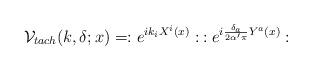
LaTeX: \begin{align*}{\cal V}_{tach}(k,\delta ;x)=:e^{ik_{i}X^{i}(x)}:\: :e^{i\frac{\delta _{a}}{2\alpha '\pi }Y^{a}(x)}:\end{align*}